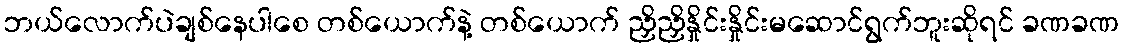
ဘယ်လောက်ပဲချစ်နေပါစေ တစ်ယောက်နဲ့ တစ်ယောက် ညှိညှိနှိုင်းနှိုင်းမဆောင်ရွက်ဘူးဆိုရင် ခဏခဏ